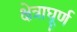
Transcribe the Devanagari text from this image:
क्षेत्राघूर्ण